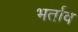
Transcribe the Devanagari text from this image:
भर्ताव